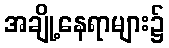
အချို့နေရာများ၌